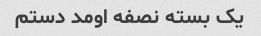
یک بسته نصفه اومد دستم